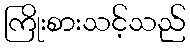
ကြိုးစားသင့်သည်